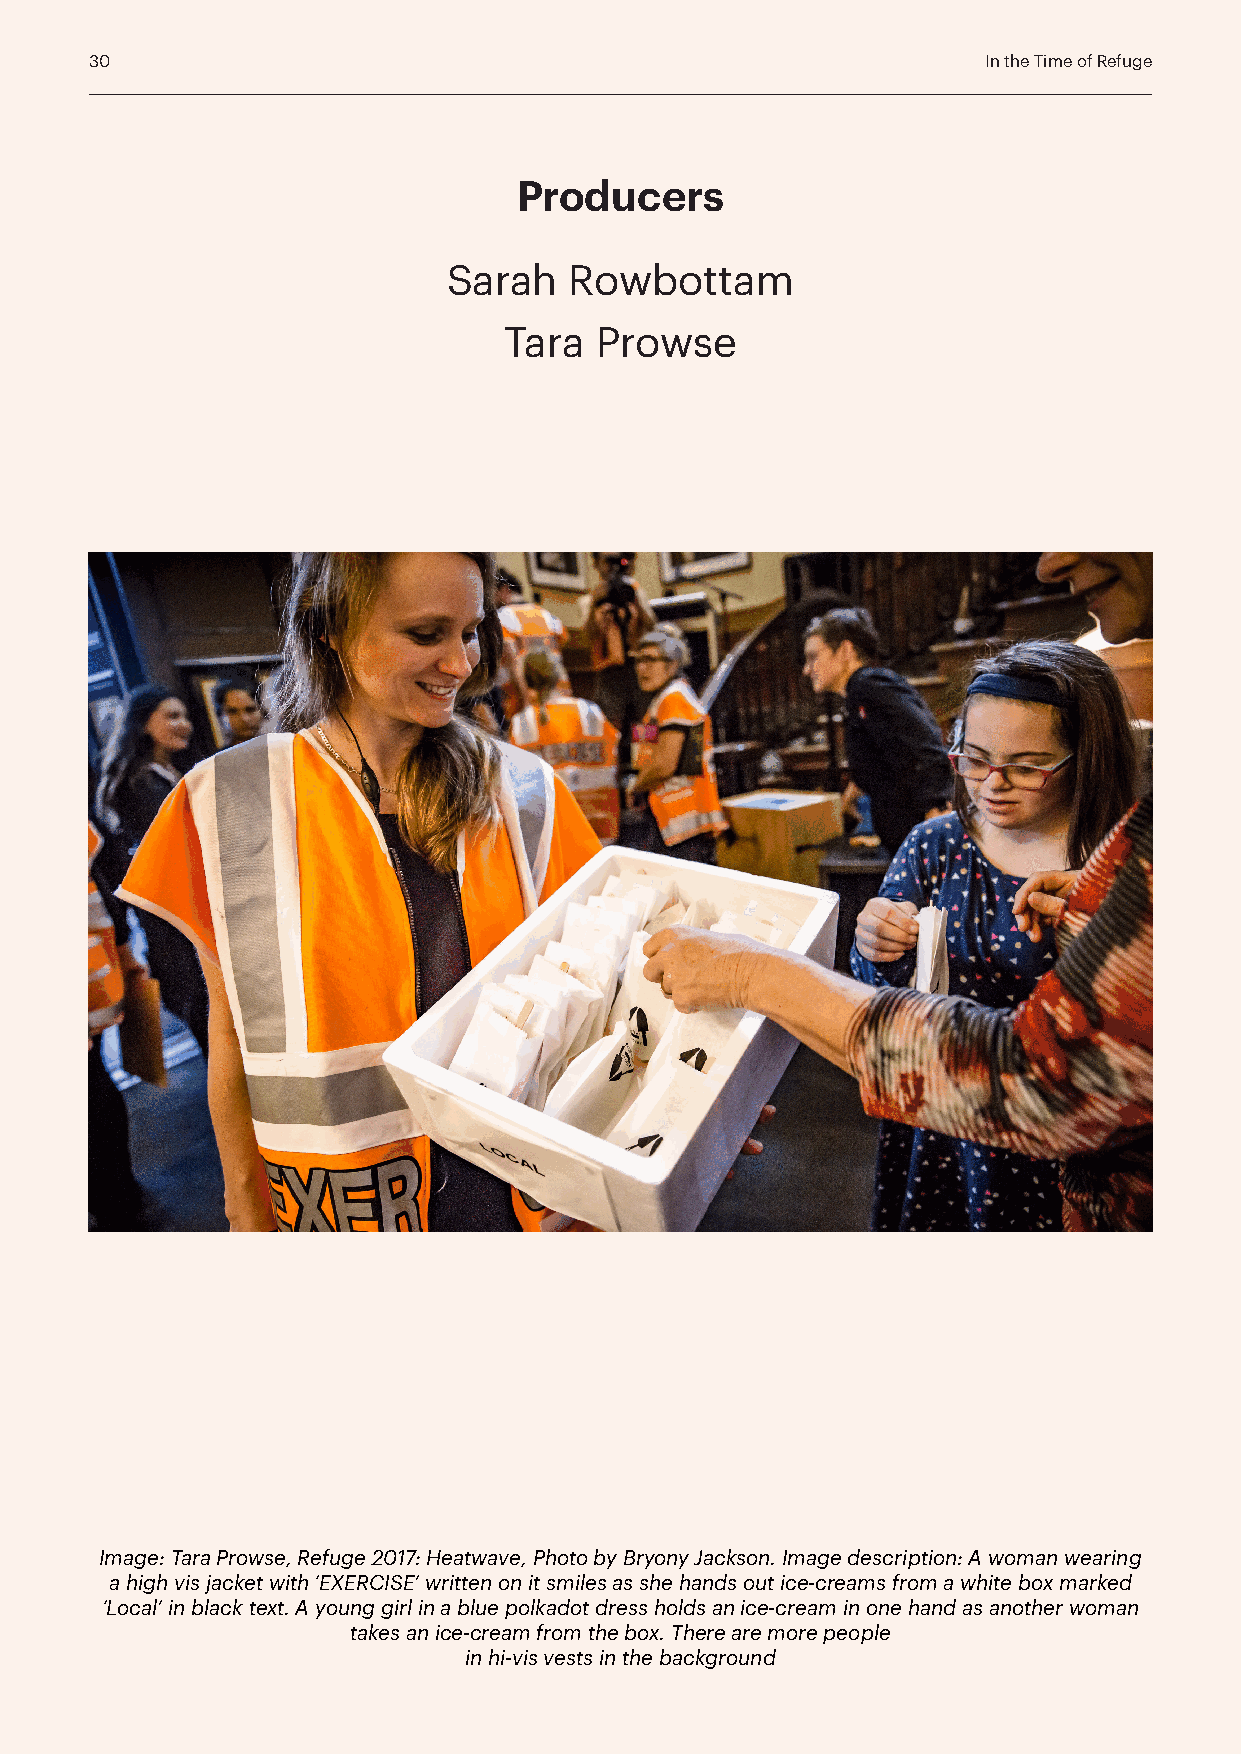
30                                                         In the Time of Refuge
 Producers
 Sarah   Rowbottam
 Tara  Prowse
 Image: Tara Prowse, Refuge 2017: Heatwave, Photo by Bryony Jackson. Image description: A woman wearing
 a high vis jacket with ‘EXERCISE’ written on it smiles as she hands out ice-creams from a white box marked
 ‘Local’ in black text. A young girl in a blue polkadot dress holds an ice-cream in one hand as another woman
 takes an ice-cream from the box. There are more people
 in hi-vis vests in the background